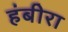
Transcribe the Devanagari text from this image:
हंबीरा